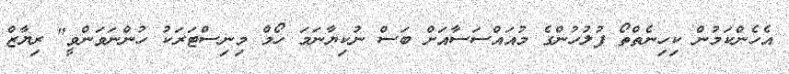
އެހެންކަމުން ކިހިނެތްތޯ ފުލުހުންގެ މުއައްސަސާއަށް ބަސް ނުކިޔާނަމަ ހޯމް މިނިސްޓަރަކު ހުންނަވަންވީ" ރިޔާޒް